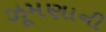
ઝૂમણાની